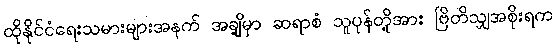
ထိုနိုင်ငံရေးသမားများအနက် အချို့မှာ ဆရာစံ သူပုန်တို့အား ဗြိတိသျှအစိုးရက